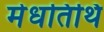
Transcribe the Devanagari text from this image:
मेधतिथि